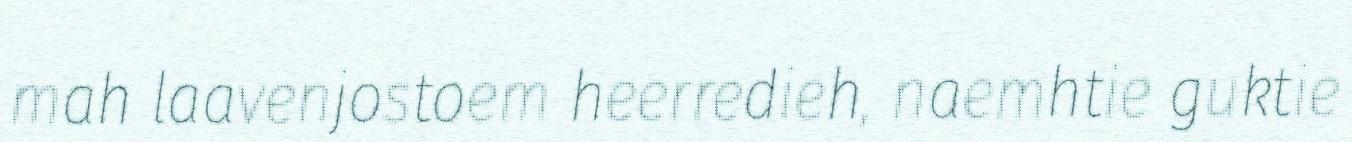
mah laavenjostoem heerredieh, naemhtie guktie